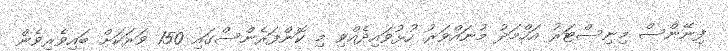
ފިނޭންސް މިނިސްޓަރު އަހްމަދު މުނައްވަރު ހުޅުވައިދެއްވި މި ކޮންފަރެންސްގައި 150 ވަރަކަށް ބައިވެރިވެން